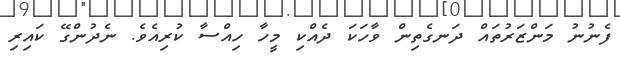
ފެނުނު މަންޒަރުތައް ދަނގެތިން ވާހަކަ ދެއްކި މީހާ ހިއްސާ ކުރިއެވެ. ނެދުންގޭ ކައިރި